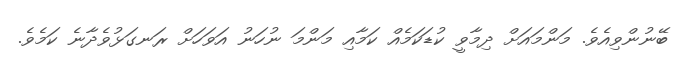
ބޭނުންވިއެވެ. މަންމައަށް ދިމާވީ ކުޑަކަމެއް ކަމާއި މަންމަ ނުހަނު އަވަހަށް ރަނގަޅުވެދާނެ ކަމެވެ.